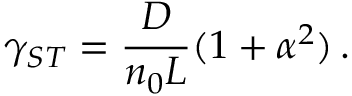
\gamma _ { S T } = \frac { D } { n _ { 0 } L } ( 1 + \alpha ^ { 2 } ) \, .